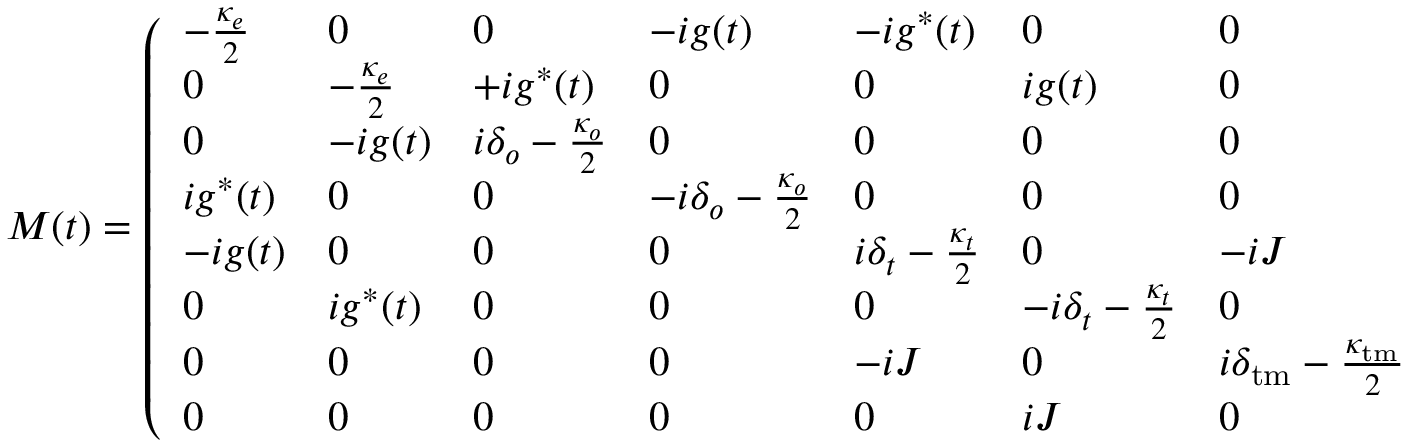
M ( t ) = \left( \begin{array} { l l l l l l l l } { - \frac { \kappa _ { e } } { 2 } } & { 0 } & { 0 } & { - i g ( t ) } & { - i g ^ { * } ( t ) } & { 0 } & { 0 } & { 0 } \\ { 0 } & { - \frac { \kappa _ { e } } { 2 } } & { + i g ^ { * } ( t ) } & { 0 } & { 0 } & { i g ( t ) } & { 0 } & { 0 } \\ { 0 } & { - i g ( t ) } & { i \delta _ { o } - \frac { \kappa _ { o } } { 2 } } & { 0 } & { 0 } & { 0 } & { 0 } & { 0 } \\ { i g ^ { * } ( t ) } & { 0 } & { 0 } & { - i \delta _ { o } - \frac { \kappa _ { o } } { 2 } } & { 0 } & { 0 } & { 0 } & { 0 } \\ { - i g ( t ) } & { 0 } & { 0 } & { 0 } & { i \delta _ { t } - \frac { \kappa _ { t } } { 2 } } & { 0 } & { - i J } & { 0 } \\ { 0 } & { i g ^ { * } ( t ) } & { 0 } & { 0 } & { 0 } & { - i \delta _ { t } - \frac { \kappa _ { t } } { 2 } } & { 0 } & { i J } \\ { 0 } & { 0 } & { 0 } & { 0 } & { - i J } & { 0 } & { i \delta _ { \mathrm { t m } } - \frac { \kappa _ { \mathrm { t m } } } { 2 } } & { 0 } \\ { 0 } & { 0 } & { 0 } & { 0 } & { 0 } & { i J } & { 0 } & { - i \delta _ { \mathrm { t m } } - \frac { \kappa _ { \mathrm { t m } } } { 2 } } \end{array} \right) ,